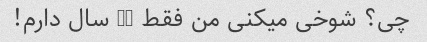
چی؟ شوخی میکنی من فقط 22 سال دارم!